65_HS1-834228961_62-HQ-83894_Section_10
Agency: FBI
Page 85
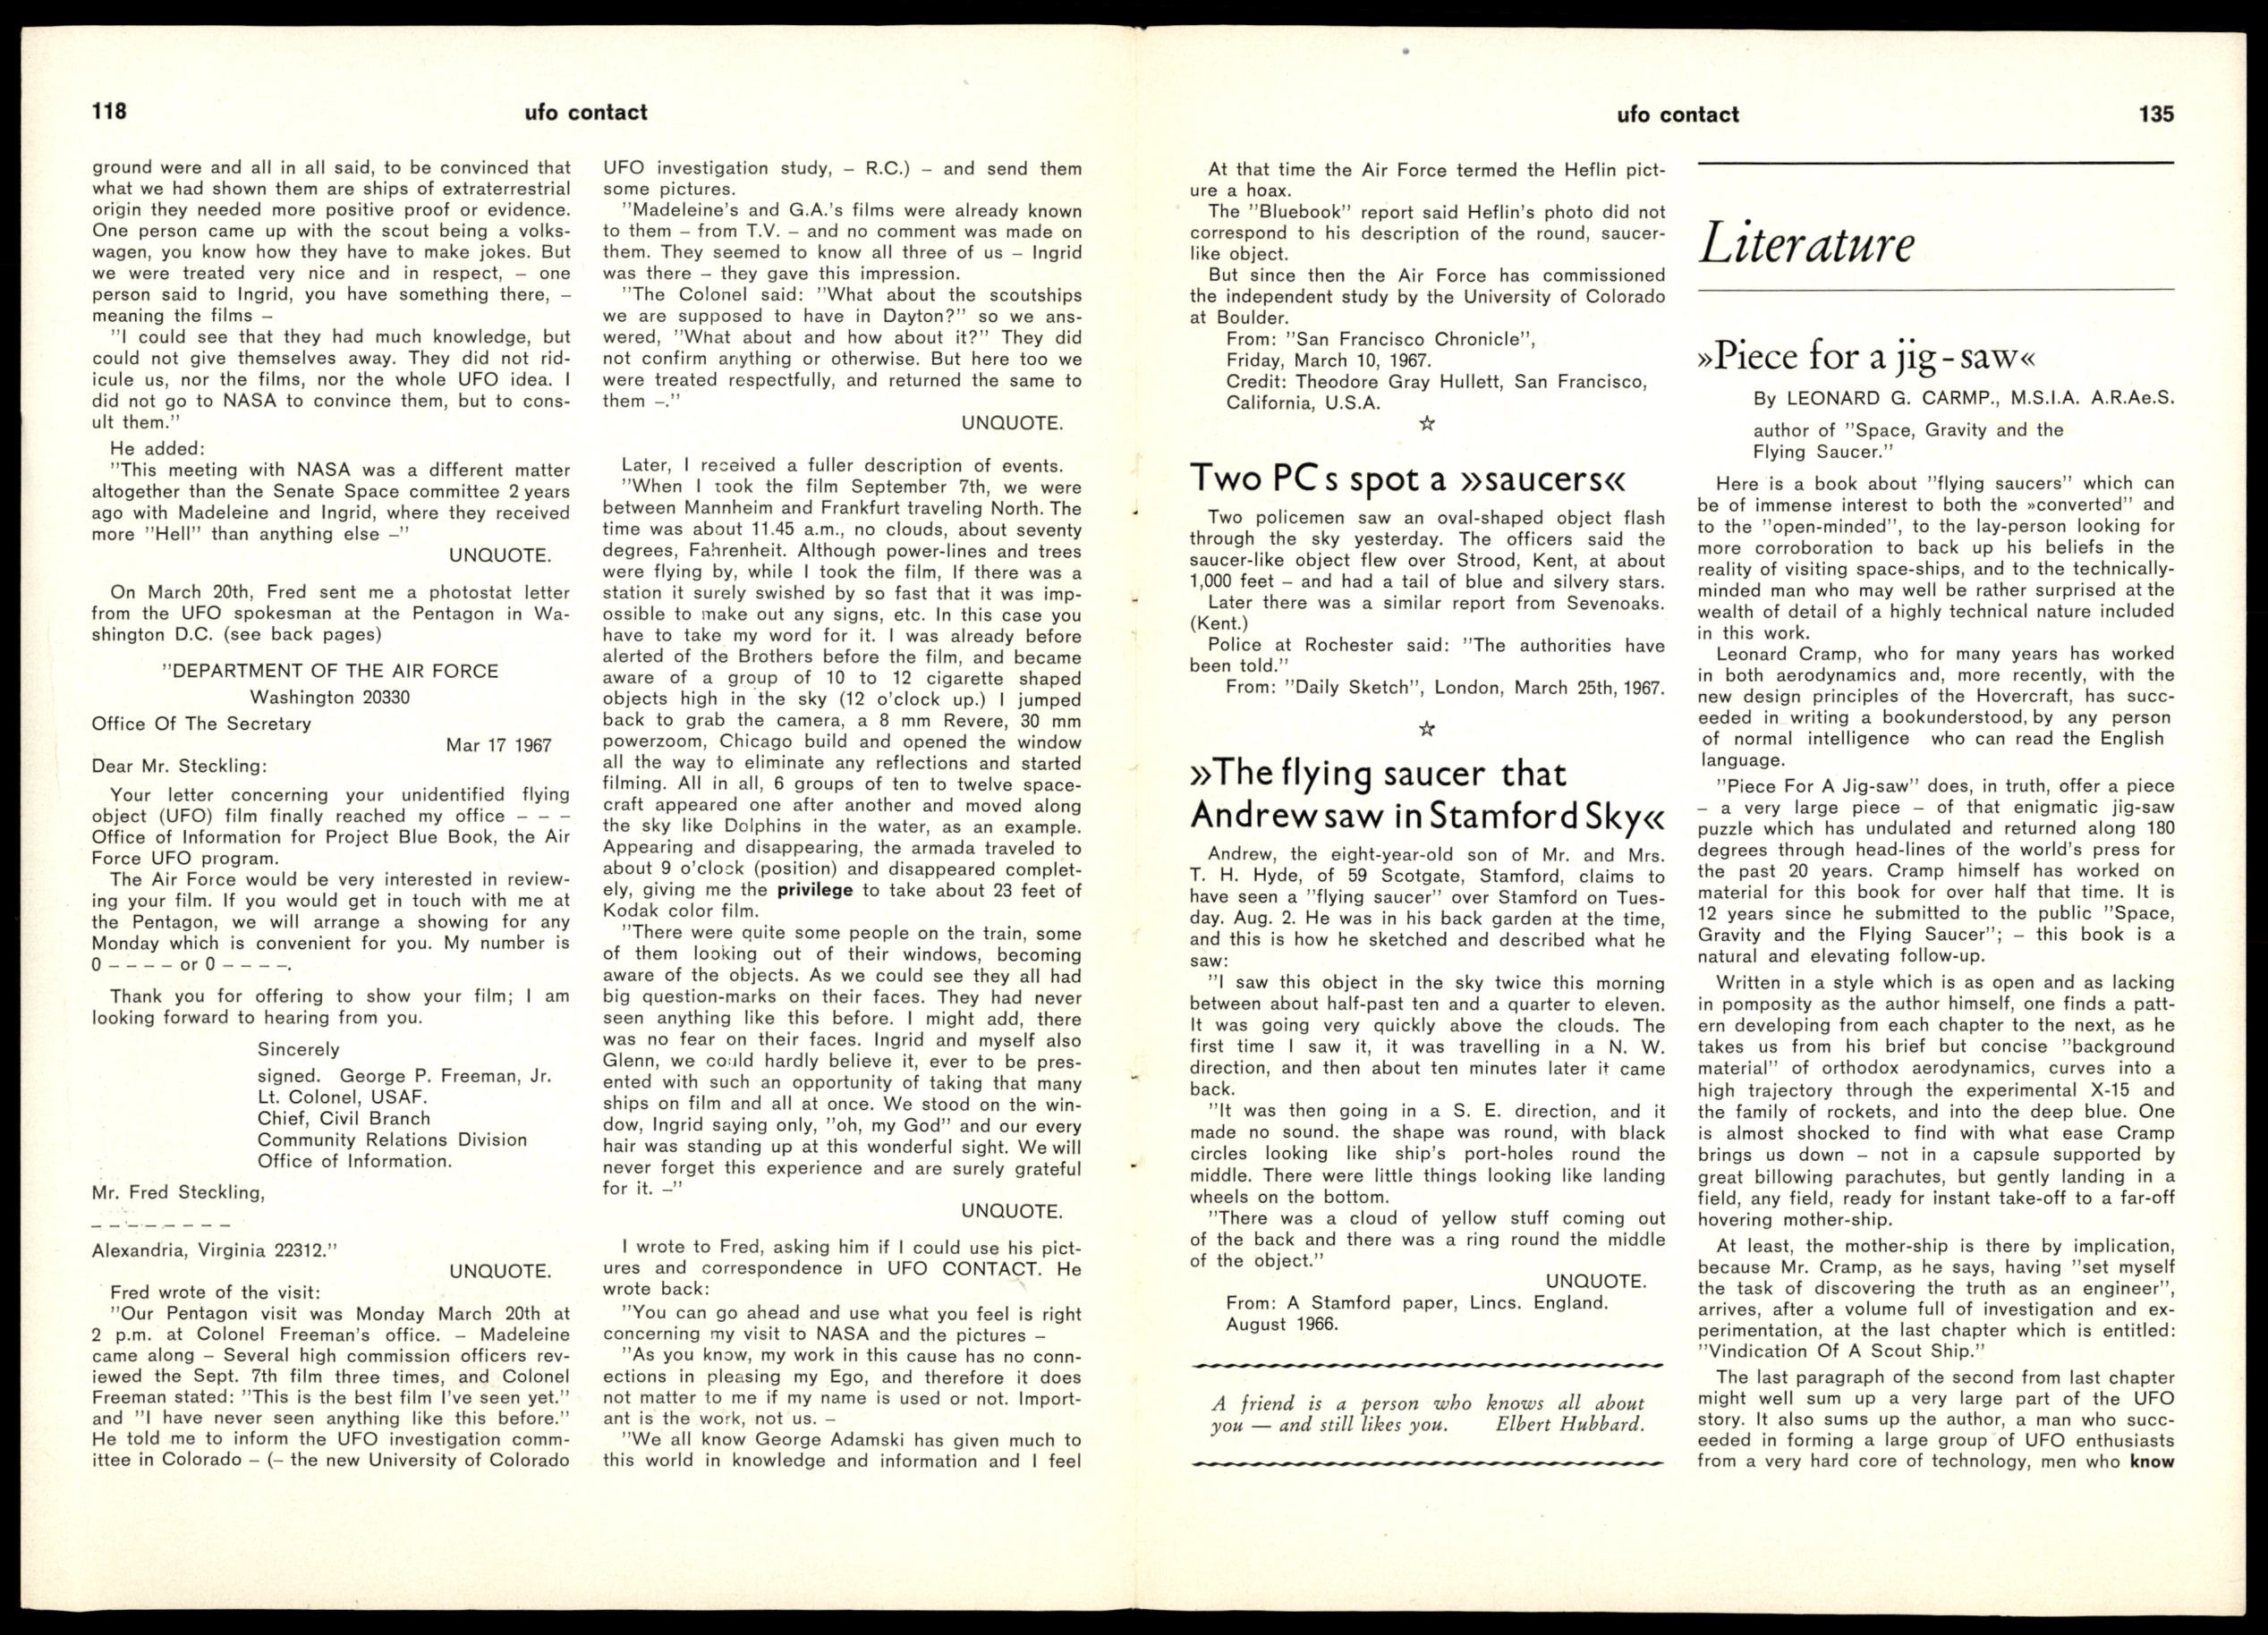